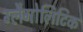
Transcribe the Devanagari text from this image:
ग्लैगोलिटिक